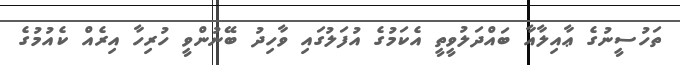
ތަހުސީނުގެ ޢާއިލާއާ ބައްދަލުވީތީ އެކަމުގެ އުފަލުގައި ވާހިދު ބޭނުންވީ ހުރިހާ އިރެއް ކެއުމުގެ